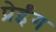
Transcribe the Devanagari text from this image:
प्रेईंग